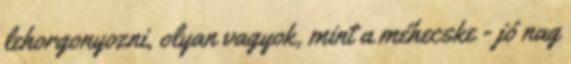
lehorgonyozni, olyan vagyok, mint a méhecske - jó nag